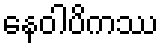
နေဝါပိကဿ